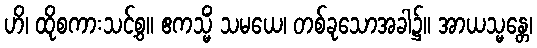
ဟိ၊ ထိုစကားသင့်စွ။ ဧကသ္မိံ သမယေ၊ တစ်ခုသောအခါ၌။ အာယသ္မန္တေ၊